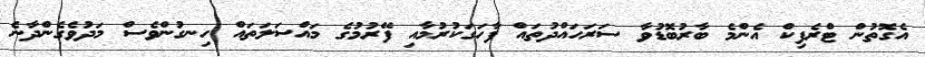
އެގޮތުން ޓްރެފިކް އެންމެ ބާރުބޮޑުވާ ސަރަހައްދުތައް ފާހަގަކުރުމާއި ފޭރުމުގެ މައްސަލަތައް ހިނގުންވެސް މަދުވެގެންދާނެ